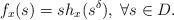
LaTeX: \begin{align*}f_x(s) = sh_x(s^\delta), \; \forall s\in D.\end{align*}